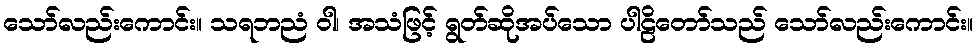
သော်လည်းကောင်း။ သရဘညံ ဝါ၊ အသံဖြင့် ရွတ်ဆိုအပ်သော ပါဠိတော်သည် သော်လည်းကောင်း။